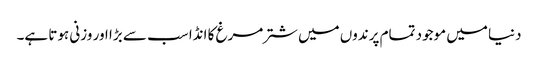
دنیا میں موجود تمام پرندوں میں شترمرغ کا انڈا سب سے بڑا اور وزنی ہوتا ہے۔